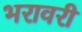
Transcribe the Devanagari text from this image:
भरावरी